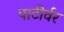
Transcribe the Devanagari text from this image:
पाटीर्वर